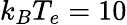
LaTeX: k_{B}T_{e}=10